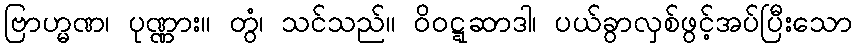
ဗြာဟ္မဏ၊ ပုဏ္ဏား။ တွံ၊ သင်သည်။ ဝိဝဋ္ဋဆာဒါ၊ ပယ်ခွာလှစ်ဖွင့်အပ်ပြီးသော